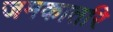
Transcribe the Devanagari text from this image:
जमकातरि